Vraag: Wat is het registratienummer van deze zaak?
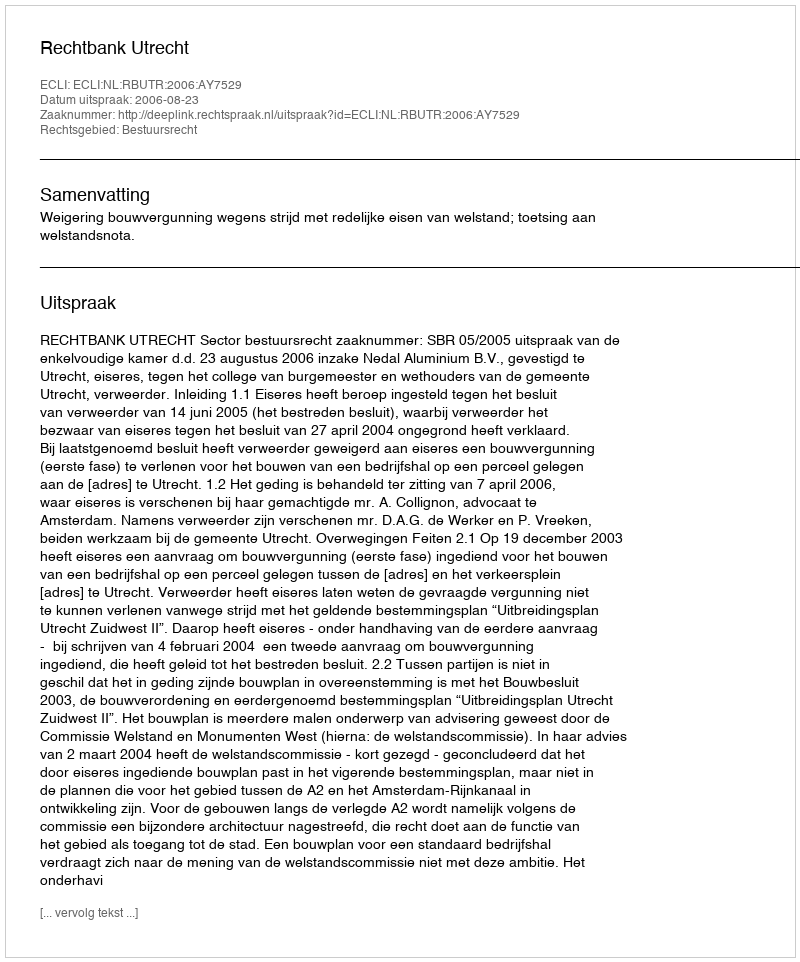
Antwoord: http://deeplink.rechtspraak.nl/uitspraak?id=ECLI:NL:RBUTR:2006:AY7529